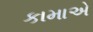
કામાએ